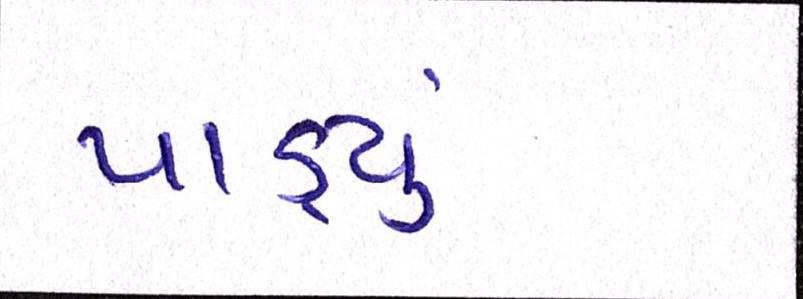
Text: પાડ્યું